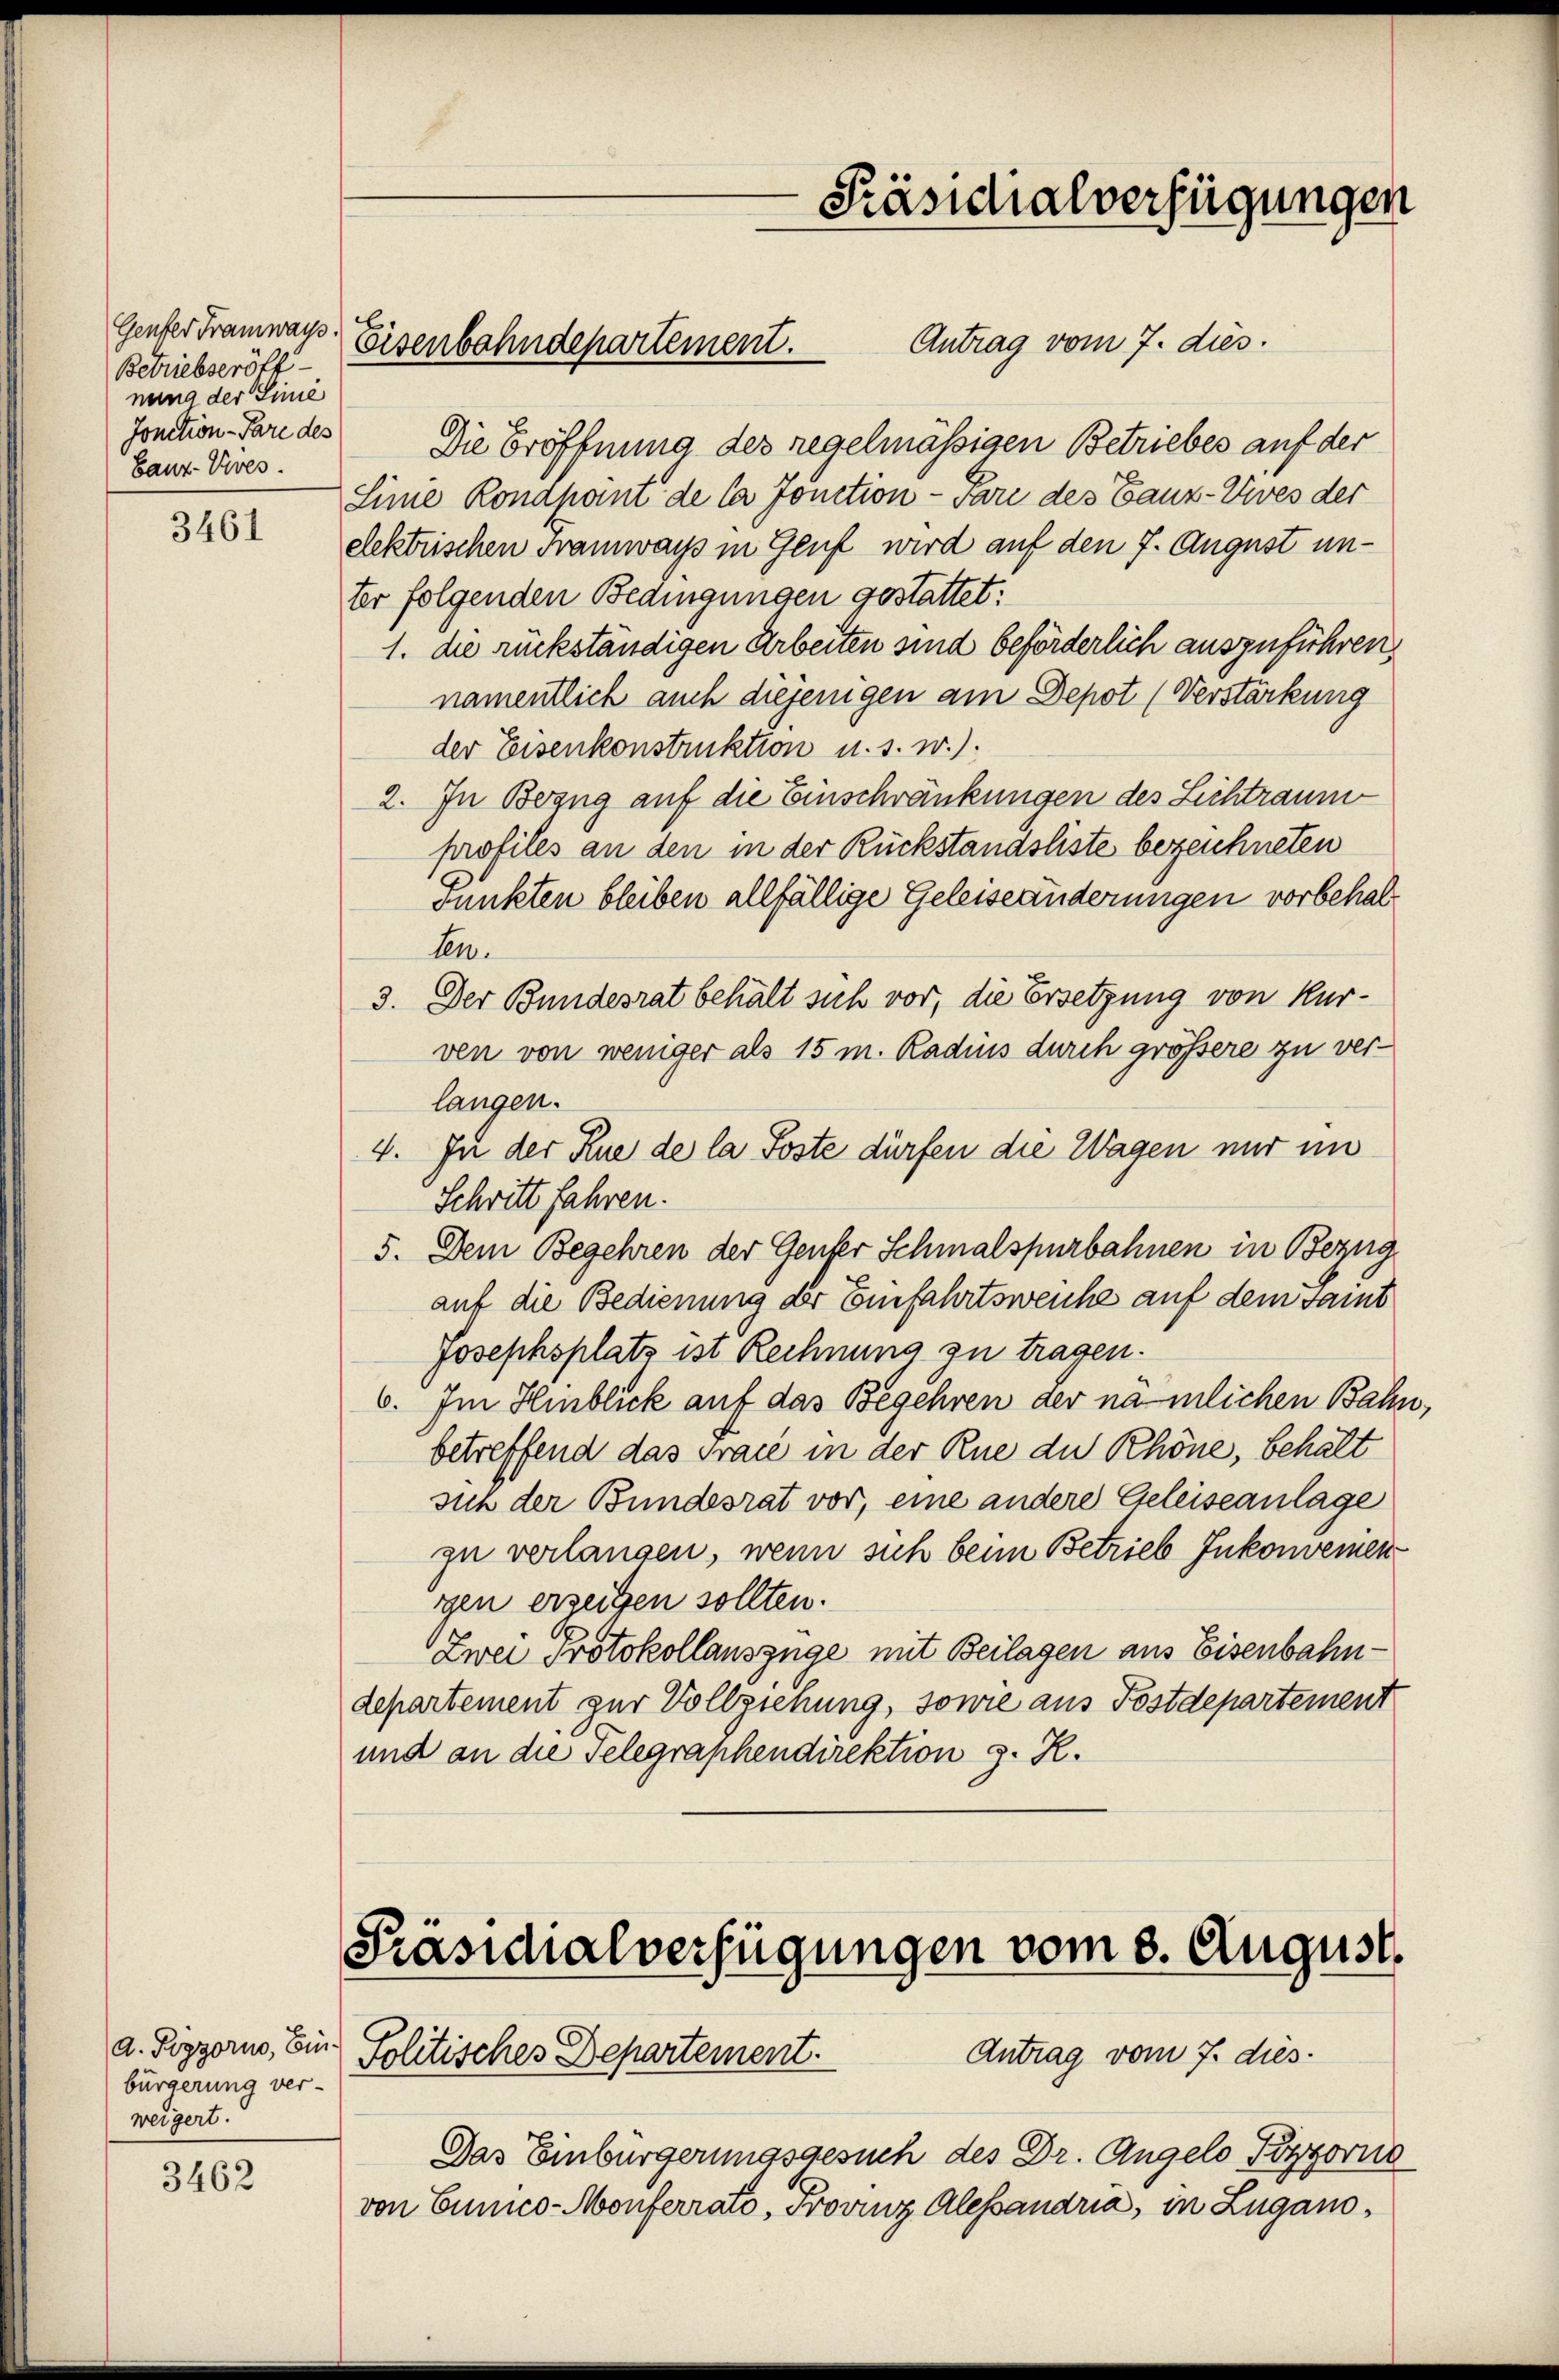
Genfer Tramwar.
Betriebseröff
nung der Linie
Jonction - Pare des
Banz-Vires.

3461

a. Pizzorno, Ein
bürgerung ver-
weigert.

3462

Antrag vom 7. dies.
Die Eröffnung des regelmässigen Betriebes auf der
Sine Kondpant de la fonction - vor des Bauz-Vives der
elektrischen Tramways in Genf wird auf den 7. August unter folgenden Bedingungen gestattet:
1. die rückständigen Arbeiten sind beförderlich auszuführen,
namentlich auch diejenigen am Depot (Verstärkung
der Eisenkonstruktion u. s. w.).
2. In Bezug auf die Einschränkungen des Lichtraum
profiles an den in der Rückstandsliste bezeichneten
funkten bleiben allfällige Geleiseanderungen vorbehalten.
3. Der Bundesrat behält sich vor, die Ersetzung von Kurven von weniger als 15 m. Radius durch größere zu ver-
langen.
4. In der Rue de la Poste dürfen die Wagen nur im
Schritt fahren.
5. Dem Begehren der Genfer Schmalspurbahnen in Bezug
auf die Bedienung der Einfahrtsweiche auf dem samt
Josephsplatz ist Rechnung zu tragen.
6. Im Hinblick auf das Begehren der nämlichen Bahn,
betreffend das Fraue in der Rue die Rhöne, behält
sich der Bundesrat vor, eine andere Geleiseanlage
zu verlangen, wenn sich beim Betrieb Inkonvenien
gen erzeigen sollten.
Zwei Protokollauszüge mit Beilagen aus Eisenbahndepartement zur Vollziehung, sowie aus Postdepartement
und an die Selegraphendirektion g. R.

Eisenbahndepartement.

Präsidialverfügungen vom 8. August
Antrag vom 7. dies
Politisches Departement.

Präsidialverfügungen

Das Einbürgerungsgesuch des Dr. Angelo Pizzorne
von Eunco-Monferrato, Provinz Alessandria, in Zugano¬